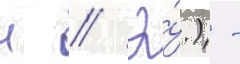
н // Э́.) -